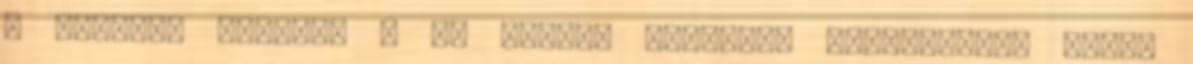
a Székely Konyha. : Az EK-tól magyarán "elmartak", aztán